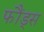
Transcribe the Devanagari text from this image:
फौंड्स